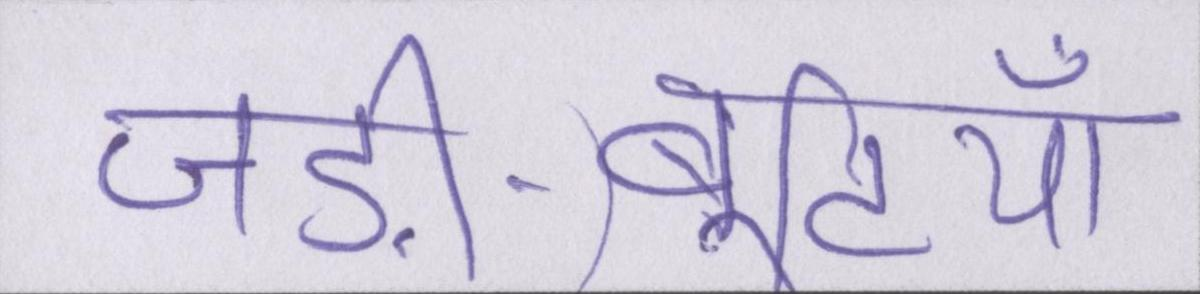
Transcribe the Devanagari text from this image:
जड़ी-बूटियाँ